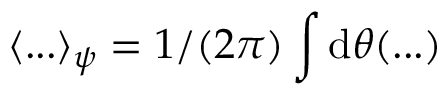
\langle . . . \rangle _ { \psi } = 1 / ( 2 \pi ) \int \mathrm { d } \theta ( . . . )